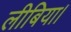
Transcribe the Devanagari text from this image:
लीबिया।